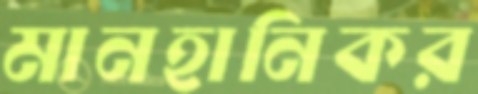
মানহানিকর